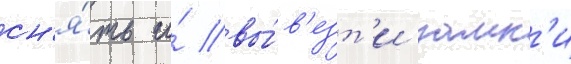
сн'я́ть и́ вы́в'езт'и замк'и